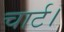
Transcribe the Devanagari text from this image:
चार्ट।